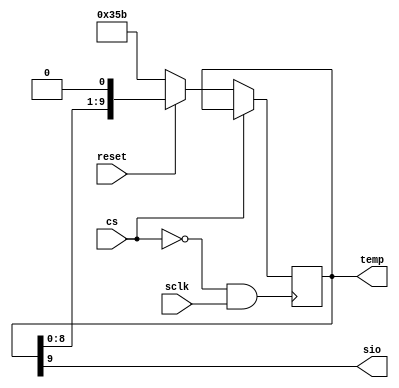
module sensor_lm07(sio,cs,sclk,reset,temp);

output sio;

input cs;
input sclk;
input reset;
  
wire gated_clk;
  
reg [9:0] temperature = 10'b1101011011;
output reg [9:0] temp;
  
assign gated_clk = ~cs & sclk;
assign sio = temp[9];
  
always@(posedge gated_clk) begin
    if (~cs) begin
      if (~reset) begin
      temp <= temperature;
    end
    else begin
      temp <= {temp[8:0],1'b0};
    end
    end
 end

endmodule